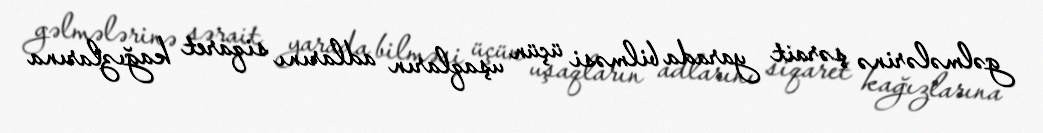
gəlmələrinə şərait yarada bilməsi üçün uşaqların adlarını siqaret kağızlarına